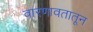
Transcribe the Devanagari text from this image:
वारणावतातून